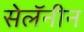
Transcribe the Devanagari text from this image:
सेलॅनीन